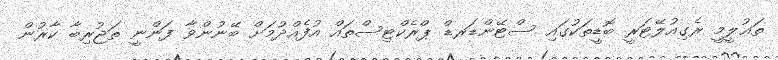
ތަޢުލީމީ ރެގިއުލޭޓަރީ ބޮޑީތަކުގައި ސްޓޭންޑަރޑް ޕްރެކްޓިސްތައް އުފެއްދުމަށް ބޭނުންވާ ފަންނީ ތަޖުރިބާ ކާރުން